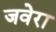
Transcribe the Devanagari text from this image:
जवेरा